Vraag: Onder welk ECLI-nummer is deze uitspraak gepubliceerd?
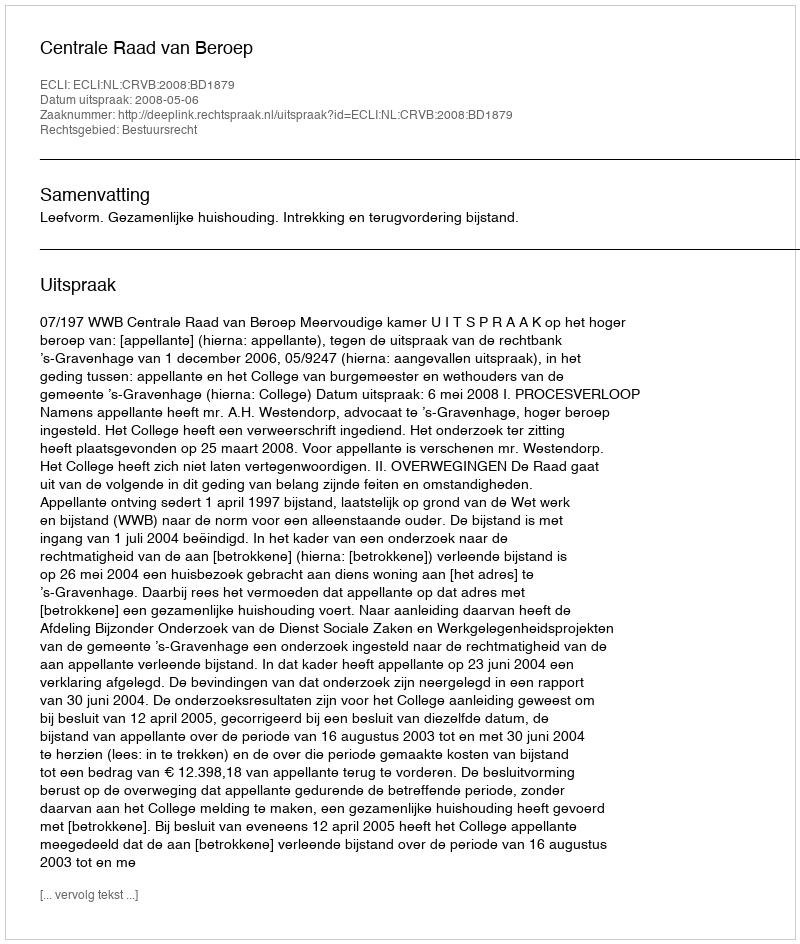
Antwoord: ECLI:NL:CRVB:2008:BD1879